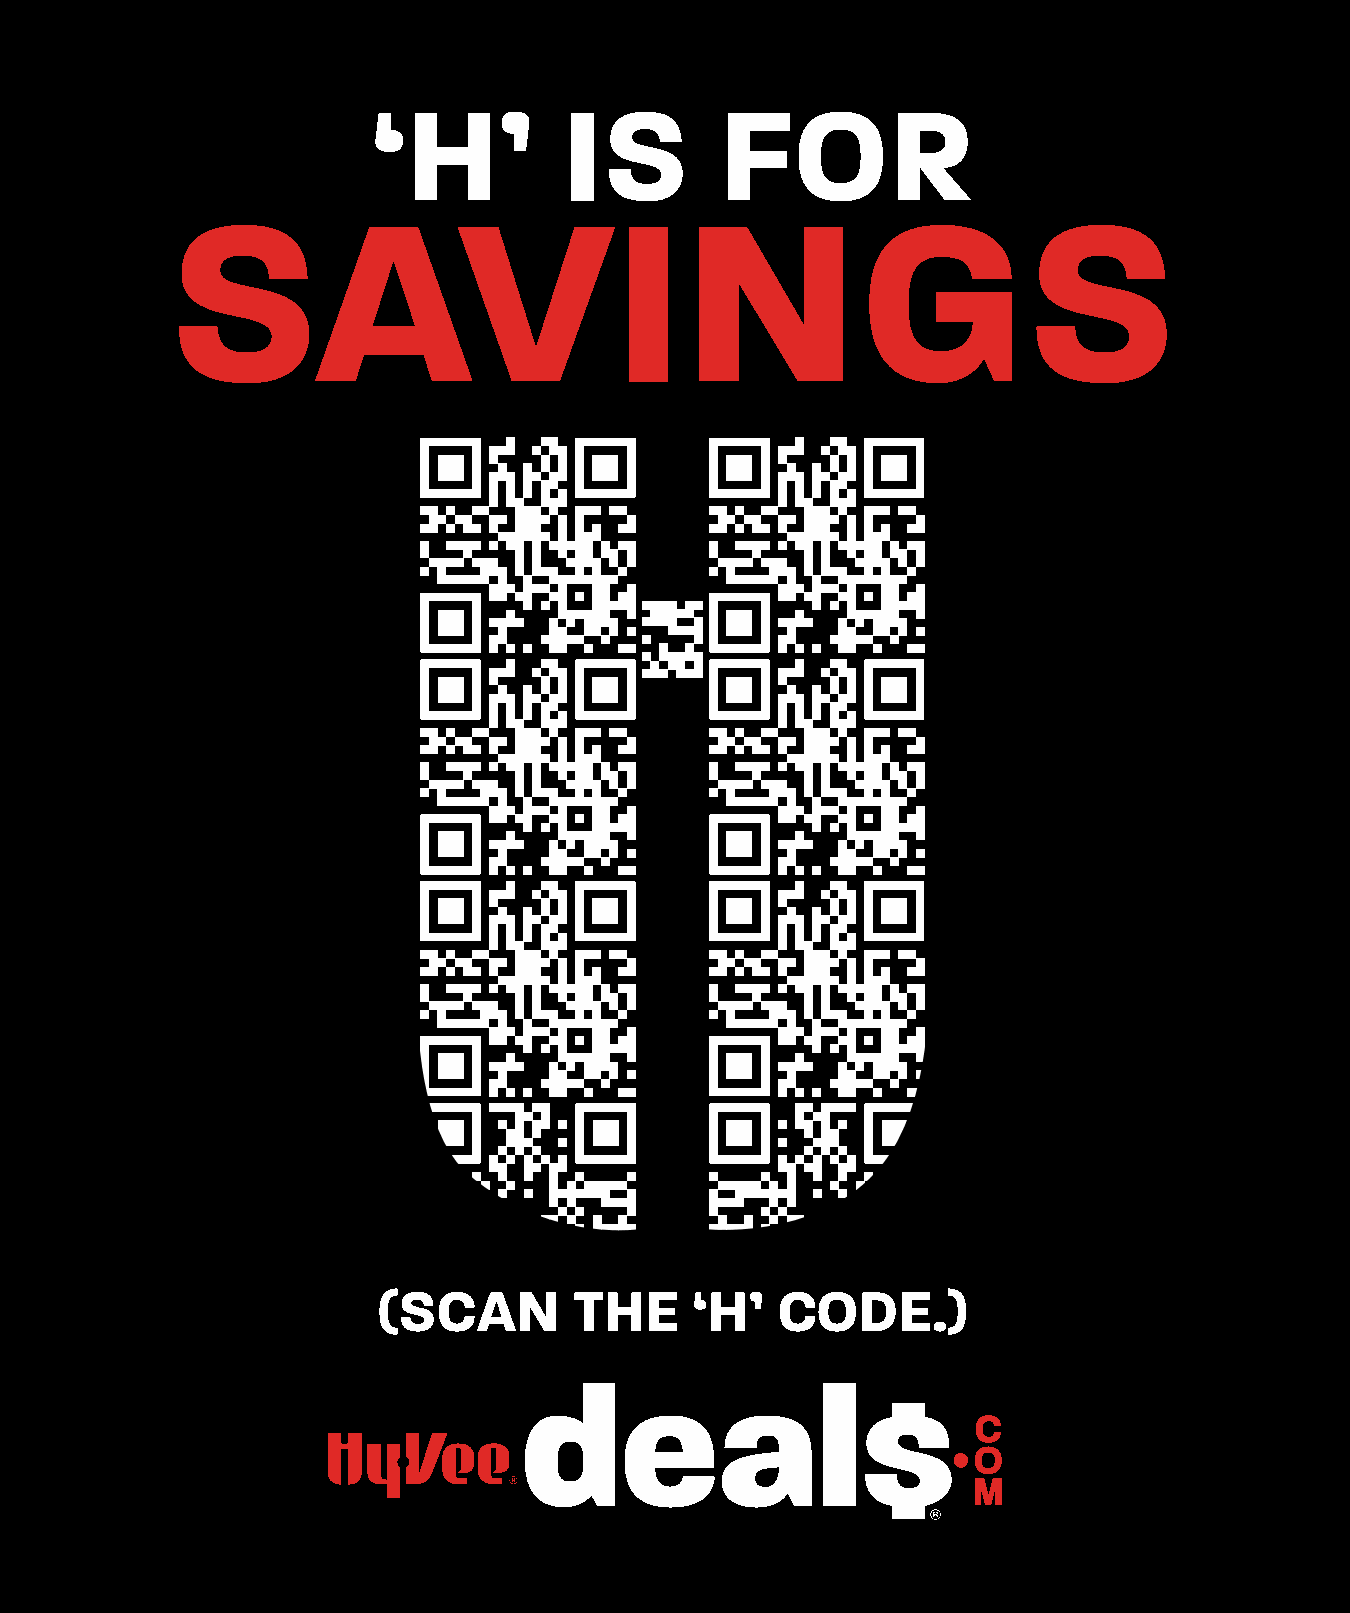
sssseeeeaaaassssFOODoooo                           |  LIFnnnnE  |  HEssssALTH
 ®®
 SSEENNSSAATTIIOONNAALL
 CITRUS
 january
 00CC11--00CC44 JJaannuuaarryy CCoovveerr__1111..3300__FFIINNAALL..iinndddd 11                                                                                                1111//3300//2211 55::5500 PPMM
 HY-VEE
 SEASONS
 JANUARY
 2022
 •VOLUME
 15
 ISSUE
 1